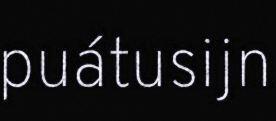
puátusijn